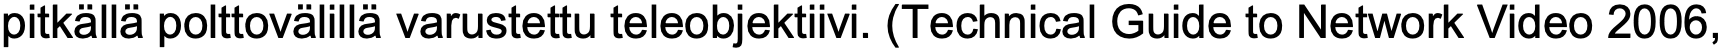
pitkällä polttovälillä varustettu teleobjektiivi. (Technical Guide to Network Video 2006,